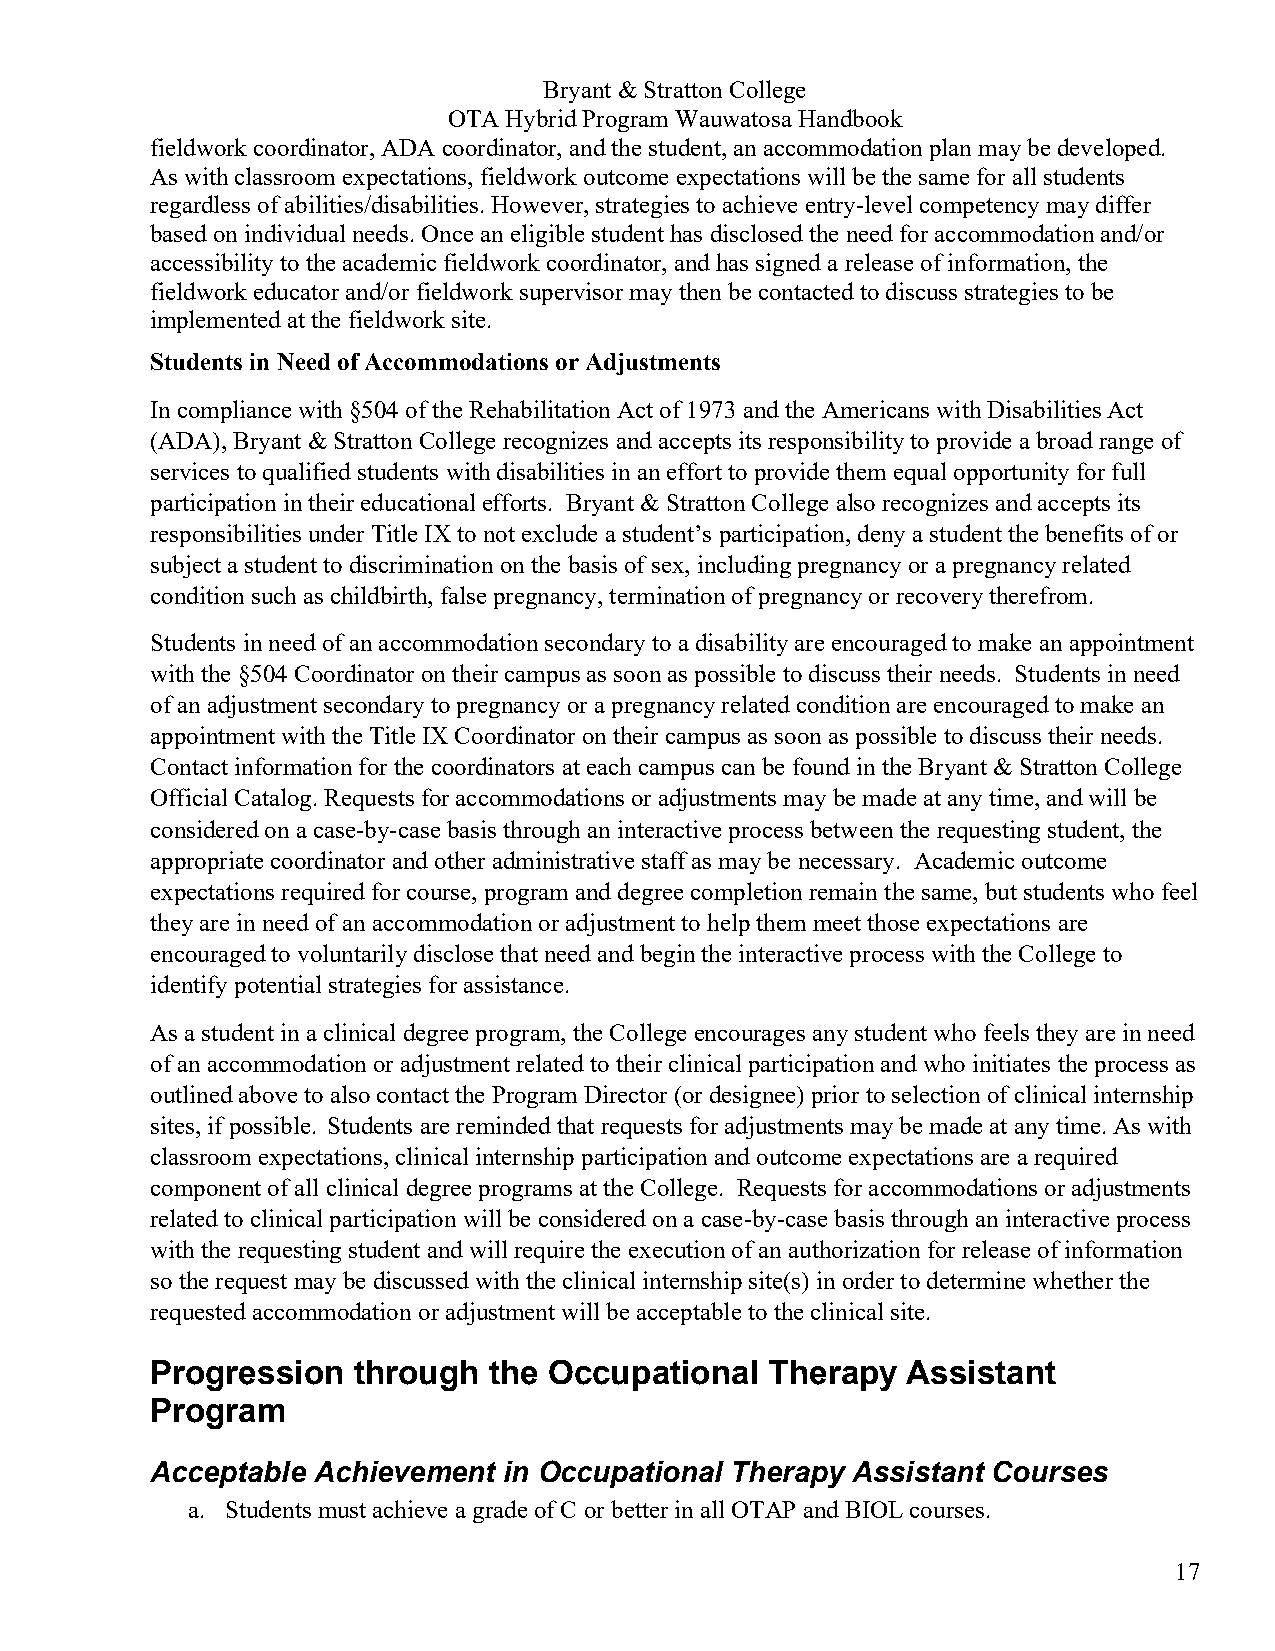
Bryant & Stratton College
 OTA Hybrid Program Wauwatosa Handbook
 fieldwork coordinator, ADA coordinator, and the student, an accommodation plan may be developed.
 As with classroom expectations, fieldwork outcome expectations will be the same for all students
 regardless of abilities/disabilities. However, strategies to achieve entry-level competency may differ
 based on individual needs. Once an eligible student has disclosed the need for accommodation and/or
 accessibility to the academic fieldwork coordinator, and has signed a release of information, the
 fieldwork educator and/or fieldwork supervisor may then be contacted to discuss strategies to be
 implemented at the fieldwork site.
 Students in Need of Accommodations or Adjustments
 In compliance with §504 of the Rehabilitation Act of 1973 and the Americans with Disabilities Act
 (ADA), Bryant & Stratton College recognizes and accepts its responsibility to provide a broad range of
 services to qualified students with disabilities in an effort to provide them equal opportunity for full
 participation in their educational efforts. Bryant & Stratton College also recognizes and accepts its
 responsibilities under Title IX to not exclude a student’s participation, deny a student the benefits of or
 subject a student to discrimination on the basis of sex, including pregnancy or a pregnancy related
 condition such as childbirth, false pregnancy, termination of pregnancy or recovery therefrom.
 Students in need of an accommodation secondary to a disability are encouraged to make an appointment
 with the §504 Coordinator on their campus as soon as possible to discuss their needs. Students in need
 of an adjustment secondary to pregnancy or a pregnancy related condition are encouraged to make an
 appointment with the Title IX Coordinator on their campus as soon as possible to discuss their needs.
 Contact information for the coordinators at each campus can be found in the Bryant & Stratton College
 Official Catalog. Requests for accommodations or adjustments may be made at any time, and will be
 considered on a case-by-case basis through an interactive process between the requesting student, the
 appropriate coordinator and other administrative staff as may be necessary. Academic outcome
 expectations required for course, program and degree completion remain the same, but students who feel
 they are in need of an accommodation or adjustment to help them meet those expectations are
 encouraged to voluntarily disclose that need and begin the interactive process with the College to
 identify potential strategies for assistance.
 As a student in a clinical degree program, the College encourages any student who feels they are in need
 of an accommodation or adjustment related to their clinical participation and who initiates the process as
 outlined above to also contact the Program Director (or designee) prior to selection of clinical internship
 sites, if possible. Students are reminded that requests for adjustments may be made at any time. As with
 classroom expectations, clinical internship participation and outcome expectations are a required
 component of all clinical degree programs at the College. Requests for accommodations or adjustments
 related to clinical participation will be considered on a case-by-case basis through an interactive process
 with the requesting student and will require the execution of an authorization for release of information
 so the request may be discussed with the clinical internship site(s) in order to determine whether the
 requested accommodation or adjustment will be acceptable to the clinical site.
 Progression  through  the Occupational   Therapy  Assistant
 Program
 Acceptable Achievement in Occupational Therapy Assistant Courses
 a. Students must achieve a grade of C or better in all OTAP and BIOL courses.
 17